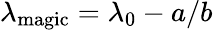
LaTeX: \lambda_{\mathrm{magic}}=\lambda_{0}-a/b